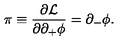
\pi \equiv { \frac { \partial { \cal L } } { \partial \partial _ { + } \phi } } = \partial _ { - } \phi .